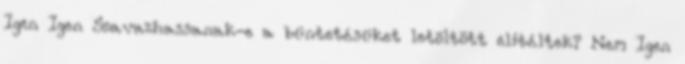
Igen Igen Szavazhassanak-e a büntetésüket letöltött elítéltek? Nem Igen